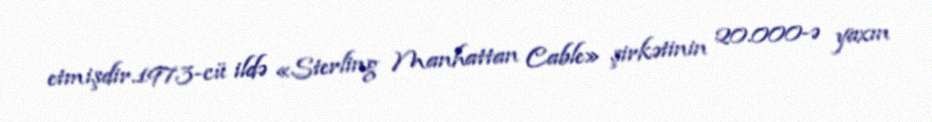
etmişdir.1973-cü ildə «Sterling Manhattan Cable» şirkətinin 20.000-ə yaxın